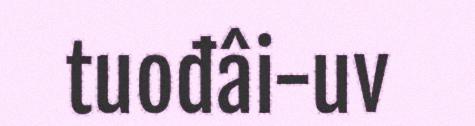
tuođâi-uv